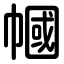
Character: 幗